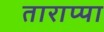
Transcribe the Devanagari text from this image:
ताराप्पा